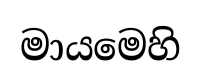
මායමෙහි